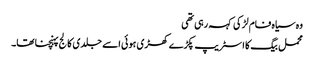
وہ سیاہ فام لڑکی کہہ رہی تھی
محمل بیگ کا اسٹریپ پکڑے کھڑی ہوئی اسے جلدی کالج پہنچنا تھا۔